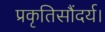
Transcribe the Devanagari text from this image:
प्रकृतिसौंदर्य।